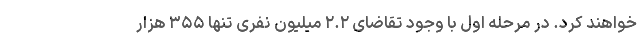
خواهند کرد. در مرحله اول با وجود تقاضای ۲.۲ میلیون نفری تنها ۳۵۵ هزار